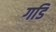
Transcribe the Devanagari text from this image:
गडि